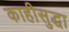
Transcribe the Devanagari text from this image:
काहीसुद्धा